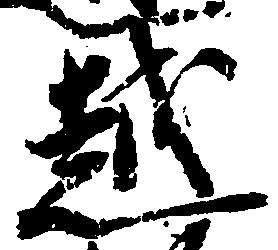
越